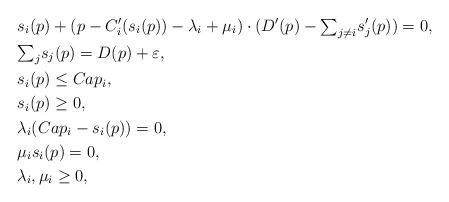
LaTeX: \begin{align*} & s_{i}(p)+(p-C_{i}'(s_{i}(p))-\lambda_{i}+\mu_{i})\cdot(D'(p)-{\textstyle \sum}_{j\ne i}s_{j}'(p))=0, \\ & {\textstyle \sum_{j}}s_{j}(p)=D(p)+\varepsilon, \\ & s_{i}(p)\le Cap_{i}, \\ & s_{i}(p)\ge0, \\ & \lambda_{i}(Cap_{i}-s_{i}(p))=0, \\ & \mu_{i}s_{i}(p)=0, \\ & \lambda_{i},\mu_{i}\ge0,\end{align*}